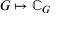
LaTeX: G \mapsto { \mathbb { C } } _ { G }